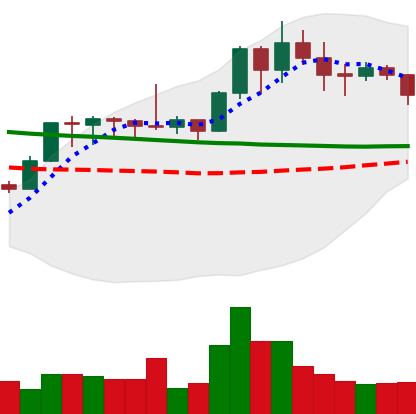
Ticker: XMR-USD
Chart end date: 2020-01-23
Forward return: 8.296%
Label: up_7plus